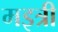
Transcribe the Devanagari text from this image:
मइत्री